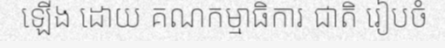
ឡើង ដោយ គណកម្មាធិការ ជាតិ រៀបចំ